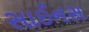
સાઈનસ